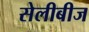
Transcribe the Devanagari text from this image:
सेलीबीज